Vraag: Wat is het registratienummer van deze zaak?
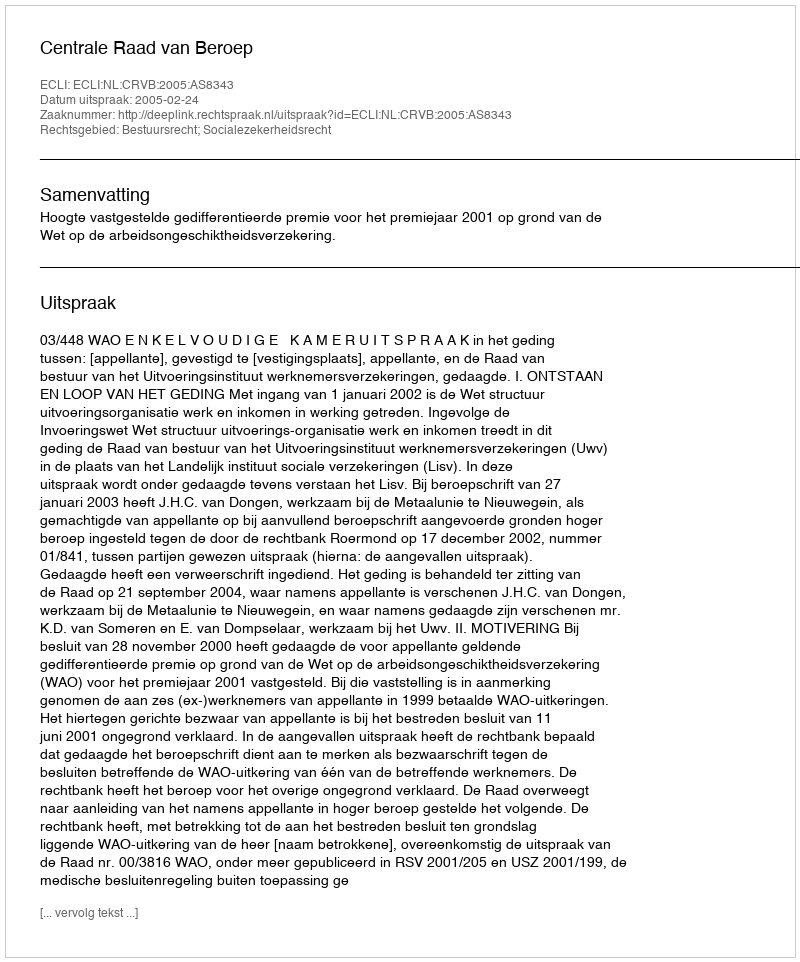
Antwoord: http://deeplink.rechtspraak.nl/uitspraak?id=ECLI:NL:CRVB:2005:AS8343